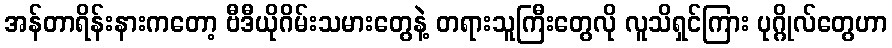
အန်တာရိန်းနားကတော့ ဗီဒီယိုဂိမ်းသမားတွေနဲ့ တရားသူကြီးတွေလို လူသိရှင်ကြား ပုဂ္ဂိုလ်တွေဟာ